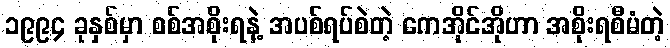
၁၉၉၄ ခုနှစ်မှာ စစ်အစိုးရနဲ့ အပစ်ရပ်စဲတဲ့ ကေအိုင်အိုဟာ အစိုးရစီမံတဲ့